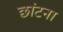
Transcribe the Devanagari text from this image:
छांटना